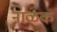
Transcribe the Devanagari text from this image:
नाळक